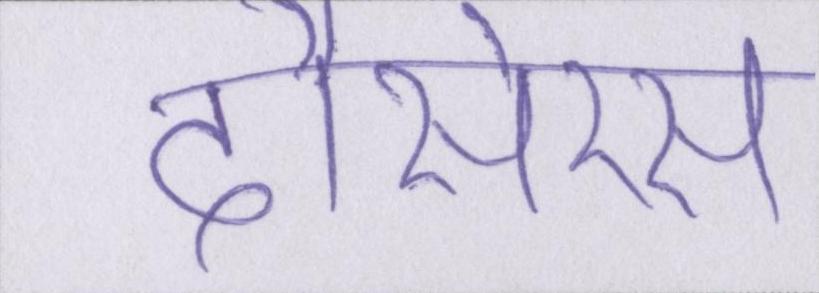
दौसेरस